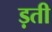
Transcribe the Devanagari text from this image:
ड़ती